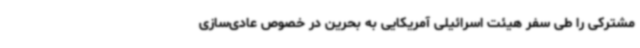
مشترکی را طی سفر هیئت اسرائیلی آمریکایی به بحرین در خصوص عادی‌سازی